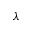
\lambda